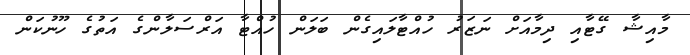
މާއިޝާ ގޭޓާއި ދިމާއަށް ނަޒަރު ހުއްޓާލައިގެން ބަލަން ހުއްޓާ އަރްސަލާންގެ އަތުގެ ހޫނުކަން